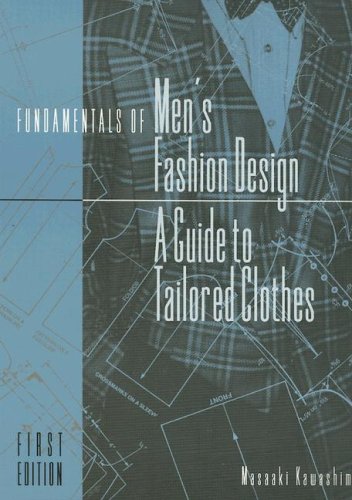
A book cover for Fundamentals of Men's Fashion Design: A Guide to Tailored Clothes; Masaaki Kawashima; Health, Fitness & Dieting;